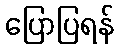
ပြောပြရန်